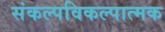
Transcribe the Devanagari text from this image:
संकल्पविकल्पात्मक